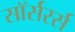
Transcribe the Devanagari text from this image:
सॉर्सरर्स